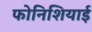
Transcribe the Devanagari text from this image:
फोनिशियाई